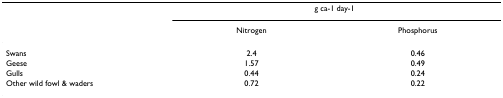
|  | <COLSPAN=2> g ca-1 day-1 |
 |  | Nitrogen | Phosphorus |
 | --- | --- | --- |
 | Swans | 2.4 | 0.46 |
 | Geese | 1.57 | 0.49 |
 | Gulls | 0.44 | 0.24 |
 | Other wild fowl & waders | 0.72 | 0.22 |